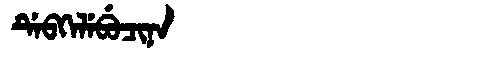
Manchu: ᡩᡝᠪᡴᡝᠯᡝᠪᡠᠴᡳᠨᠠ
Romanization: DEBKELEBUCINA